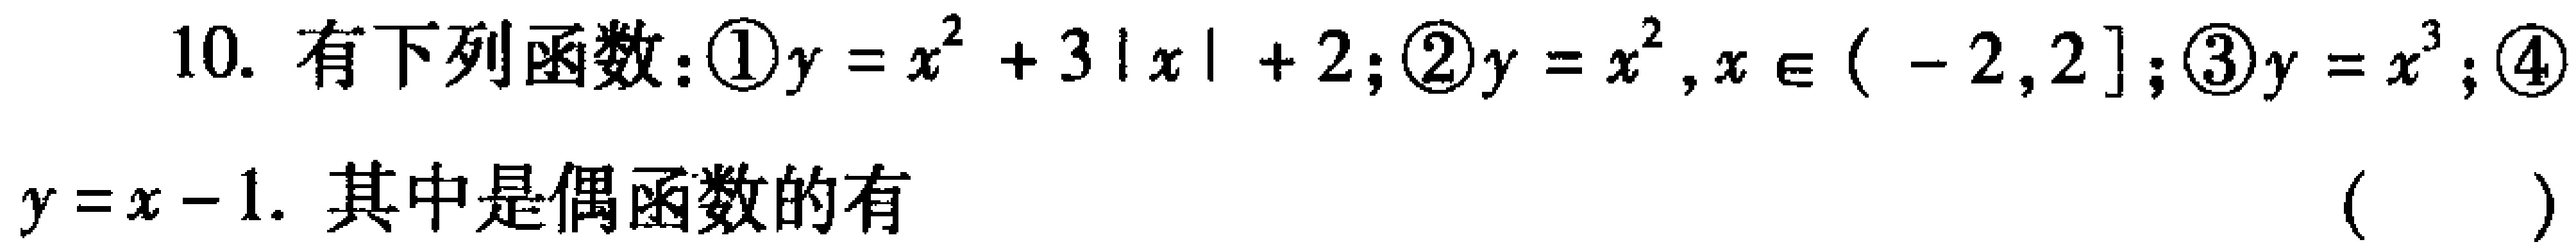
10. 有下列函数：\textcircled{1}$y = x^{2}+3|x| + 2$；\textcircled{2}$y = x^{2},x\in(-2,2]$；\textcircled{3}$y = x^{3}$；\textcircled{4}

$y = x - 1$. 其中是偶函数的有 （  ）